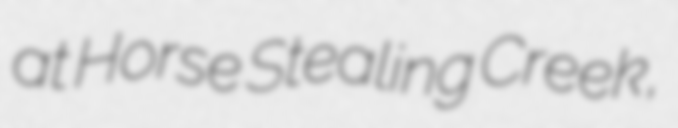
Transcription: at Horse Stealing Creek,